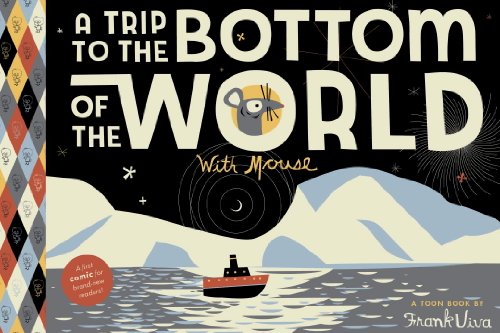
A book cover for A Trip to the Bottom of the World with Mouse: TOON Level 1; Children's Books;